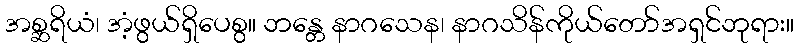
အစ္ဆရိယံ၊ အံ့ဖွယ်ရှိပေစွ။ ဘန္တေ နာဂသေန၊ နာဂသိန်ကိုယ်တော်အရှင်ဘုရား။